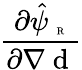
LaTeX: \frac{\partial\hat{\psi}_{\mathrm{~\tiny~R~}}}{\partial{\nabla\mathrm{~d~}}}